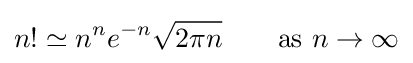
n!\simeq n^{n}e^{-n}{\sqrt {2\pi n}}\qquad {\text{as }}n\to \infty